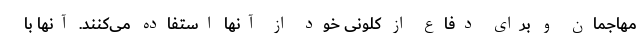
مهاجمان و برای دفاع از کلونی خود از آنها استفاده می‌کنند. آنها با